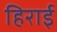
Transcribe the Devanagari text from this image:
हिराई